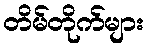
တိမ်တိုက်များ